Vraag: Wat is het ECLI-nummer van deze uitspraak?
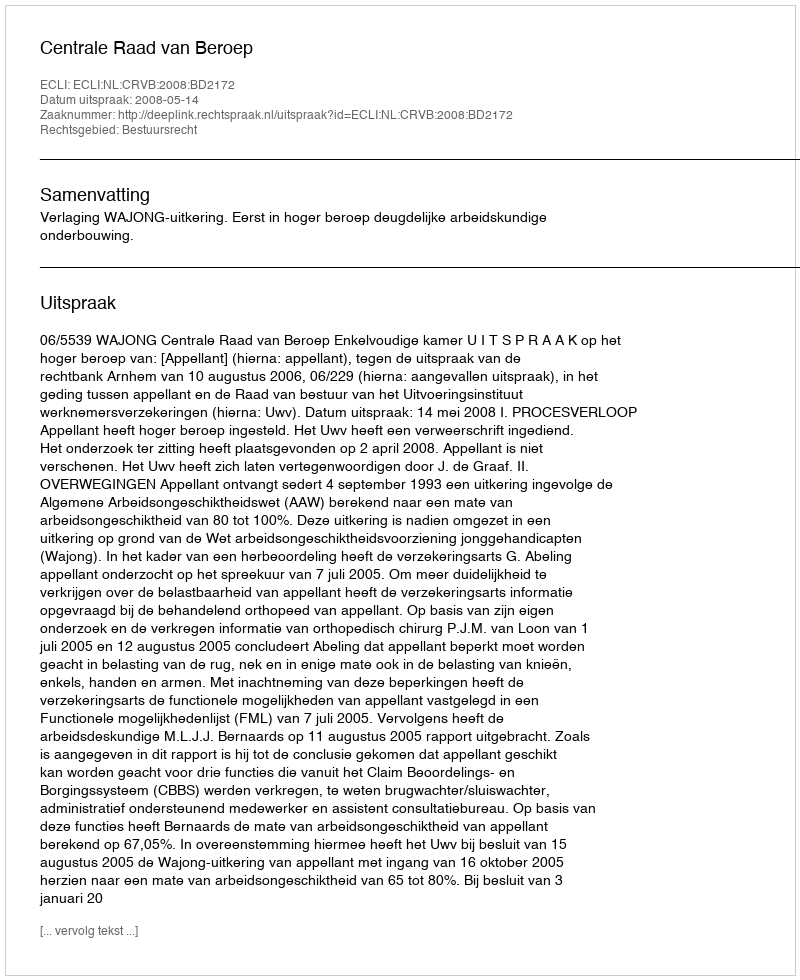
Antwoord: ECLI:NL:CRVB:2008:BD2172